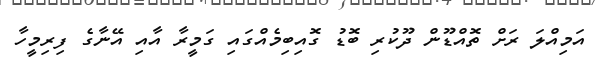
އަމިއްލަ ރަށް ތޮއްޑޫން ދޫކުރި ބޮޑު ގޮއިބިމެއްގައި ގަމީރާ އާއި އޭނާގެ ފިރިމީހާ